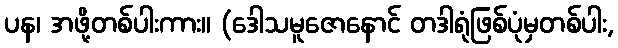
ပန၊ အဖို့တစ်ပါးကား။ (ဒေါသမူဇောနောင် တဒါရုံဖြစ်ပုံမှတစ်ပါး,